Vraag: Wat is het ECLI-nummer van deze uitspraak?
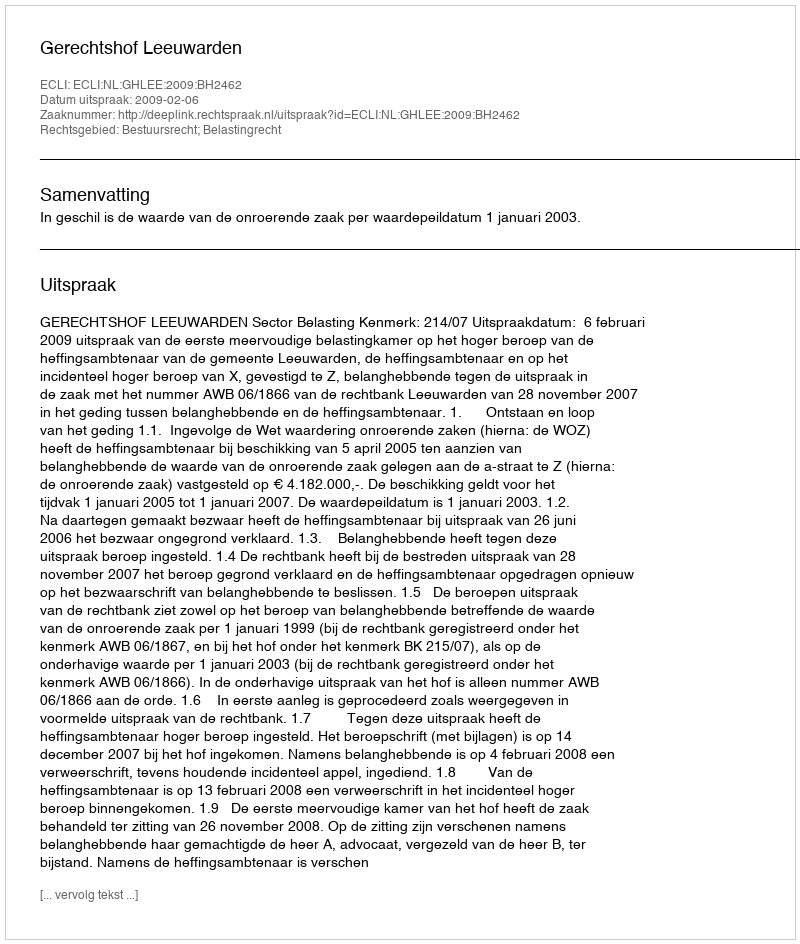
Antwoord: ECLI:NL:GHLEE:2009:BH2462